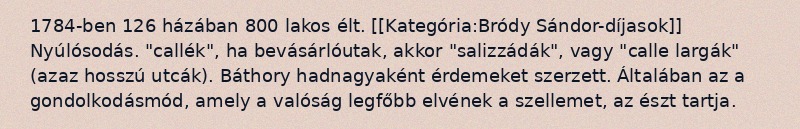
1784-ben 126 házában 800 lakos élt. [[Kategória:Bródy Sándor-díjasok]] Nyúlósodás. "callék", ha bevásárlóutak, akkor "salizzádák", vagy "calle largák" (azaz hosszú utcák). Báthory hadnagyaként érdemeket szerzett. Általában az a gondolkodásmód, amely a valóság legfőbb elvének a szellemet, az észt tartja.